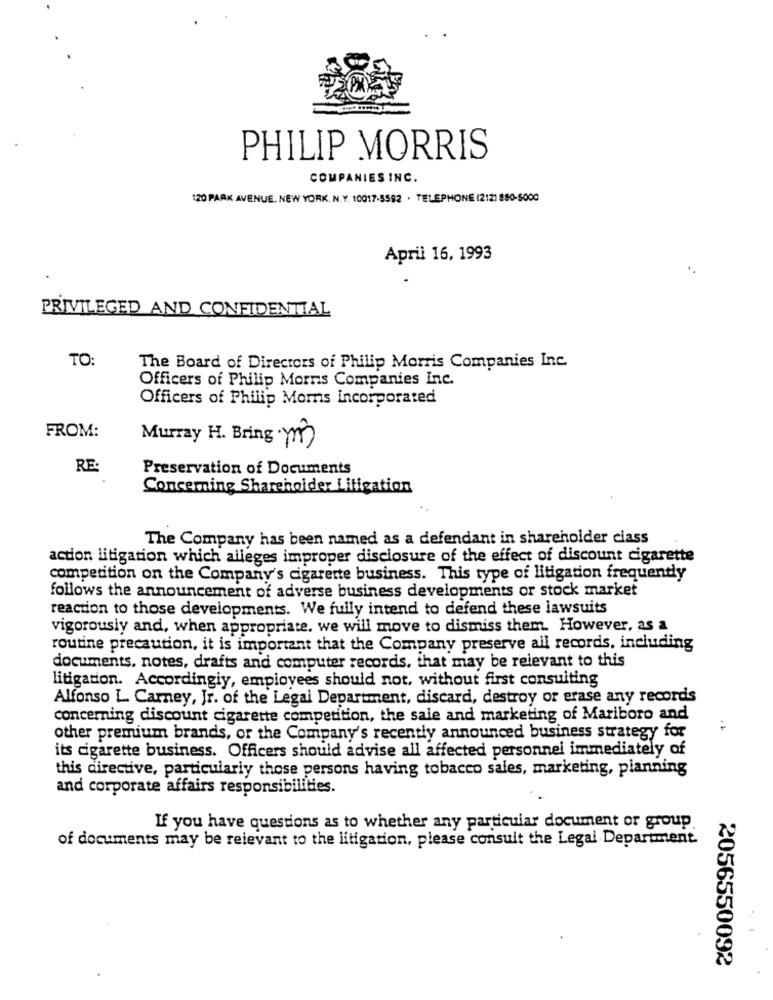
PHILIP MORRIS
COMPANIES INC.
120 PARK AVENUE. NEW YORK. N.Y. 10017.5582 . TELEPHONE (2121 880-5000
April 16, 1993
PRIVILEGED AND CONFIDENTIAL
TO:
The Board of Directors of Philip Morris Companies Inc.
Officers of Philip Morris Companies Inc.
Officers of Philip Moms Incorporated
FROM:
Murray H. Bring m)
RE:
Preservation of Documents
Concerning Shareholder Litigation
The Company has been named as a defendant in shareholder class
action litigation which alleges improper disclosure of the effect of discount cigarette
competition on the Company's cigarette business. This type of litigation frequently
follows the announcement of adverse business developments or stock market
reaction to those developments. We fully intend to defend these lawsuits
vigorously and, when appropriate. we will move to dismiss them. However, as a
routine precaution, it is important that the Company preserve all records, including
documents, notes, drafts and computer records, that may be relevant to this
litigation. Accordingiy, employees should not, without first consulting
Alfonso L. Carney, Jr. of the Legal Department, discard, destroy or erase any records
concerning discount cigarette competition, the sale and marketing of Mariboro and
other premium brands, or the Company's recently announced business strategy for
its cigarette business. Officers should advise all affected personnel immediately of
this directive, particularly those persons having tobacco sales, marketing, planning
and corporate affairs responsibilities.
If you have questions as to whether any particular document or group.
of documents may be relevant to the litigation, please consult the Legal Department.
2056550092